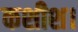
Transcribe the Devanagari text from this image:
कशीश।